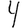
Digit: 4